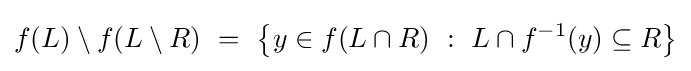
f(L)\setminus f(L\setminus R)~=~\left\{y\in f(L\cap R)~:~L\cap f^{-1}(y)\subseteq R\right\}